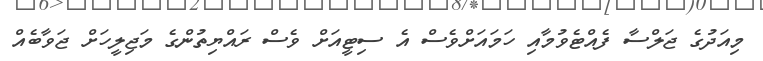
މިއަދުގެ ޖަލްސާ ފެއްޓެވުމާއި ހަމައަށްވެސް އެ ސިޓީއަށް ވެސް ރައްޔިތުންގެ މަޖިލީހަށް ޖަވާބެއް